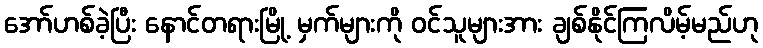
အော်ဟစ်ခဲ့ပြီး နောင်တရားမြို့ မှက်များကို ဝင်သူများအား ချစ်နိုင်ကြလိမ့်မည်ဟု